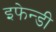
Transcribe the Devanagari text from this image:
इफेन्डी